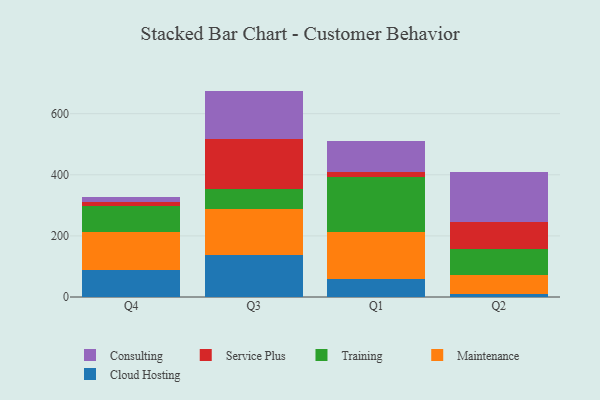
{"axis": {"x": "Quarter", "y": "Satisfaction Score"}, "legend": ["Cloud Hosting", "Consulting", "Maintenance", "Service Plus", "Training"], "data": [{"x": "Q4", "y": 87.9, "type": "Cloud Hosting"}, {"x": "Q4", "y": 124.2, "type": "Maintenance"}, {"x": "Q4", "y": 85.9, "type": "Training"}, {"x": "Q4", "y": 12.6, "type": "Service Plus"}, {"x": "Q4", "y": 16.2, "type": "Consulting"}, {"x": "Q3", "y": 136.9, "type": "Cloud Hosting"}, {"x": "Q3", "y": 152.5, "type": "Maintenance"}, {"x": "Q3", "y": 64.2, "type": "Training"}, {"x": "Q3", "y": 164.3, "type": "Service Plus"}, {"x": "Q3", "y": 156.9, "type": "Consulting"}, {"x": "Q1", "y": 58.6, "type": "Cloud Hosting"}, {"x": "Q1", "y": 155.4, "type": "Maintenance"}, {"x": "Q1", "y": 179.9, "type": "Training"}, {"x": "Q1", "y": 14.8, "type": "Service Plus"}, {"x": "Q1", "y": 102.6, "type": "Consulting"}, {"x": "Q2", "y": 10.1, "type": "Cloud Hosting"}, {"x": "Q2", "y": 61.9, "type": "Maintenance"}, {"x": "Q2", "y": 84.7, "type": "Training"}, {"x": "Q2", "y": 87.8, "type": "Service Plus"}, {"x": "Q2", "y": 164.0, "type": "Consulting"}]}